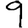
Digit: 9